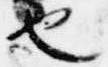
也